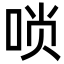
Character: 唢